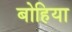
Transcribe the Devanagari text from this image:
बोहिया